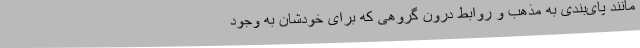
مانند پای‌بندی به مذهب و روابط درون گروهی که برای خودشان به وجود